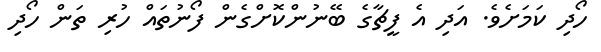
ހޯދި ކަމަށެވެ. އަދި އެ ފީޗާގެ ބޭނުންކޮށްގެން ފޯނުތައް ހުރި ތަން ހޯދި